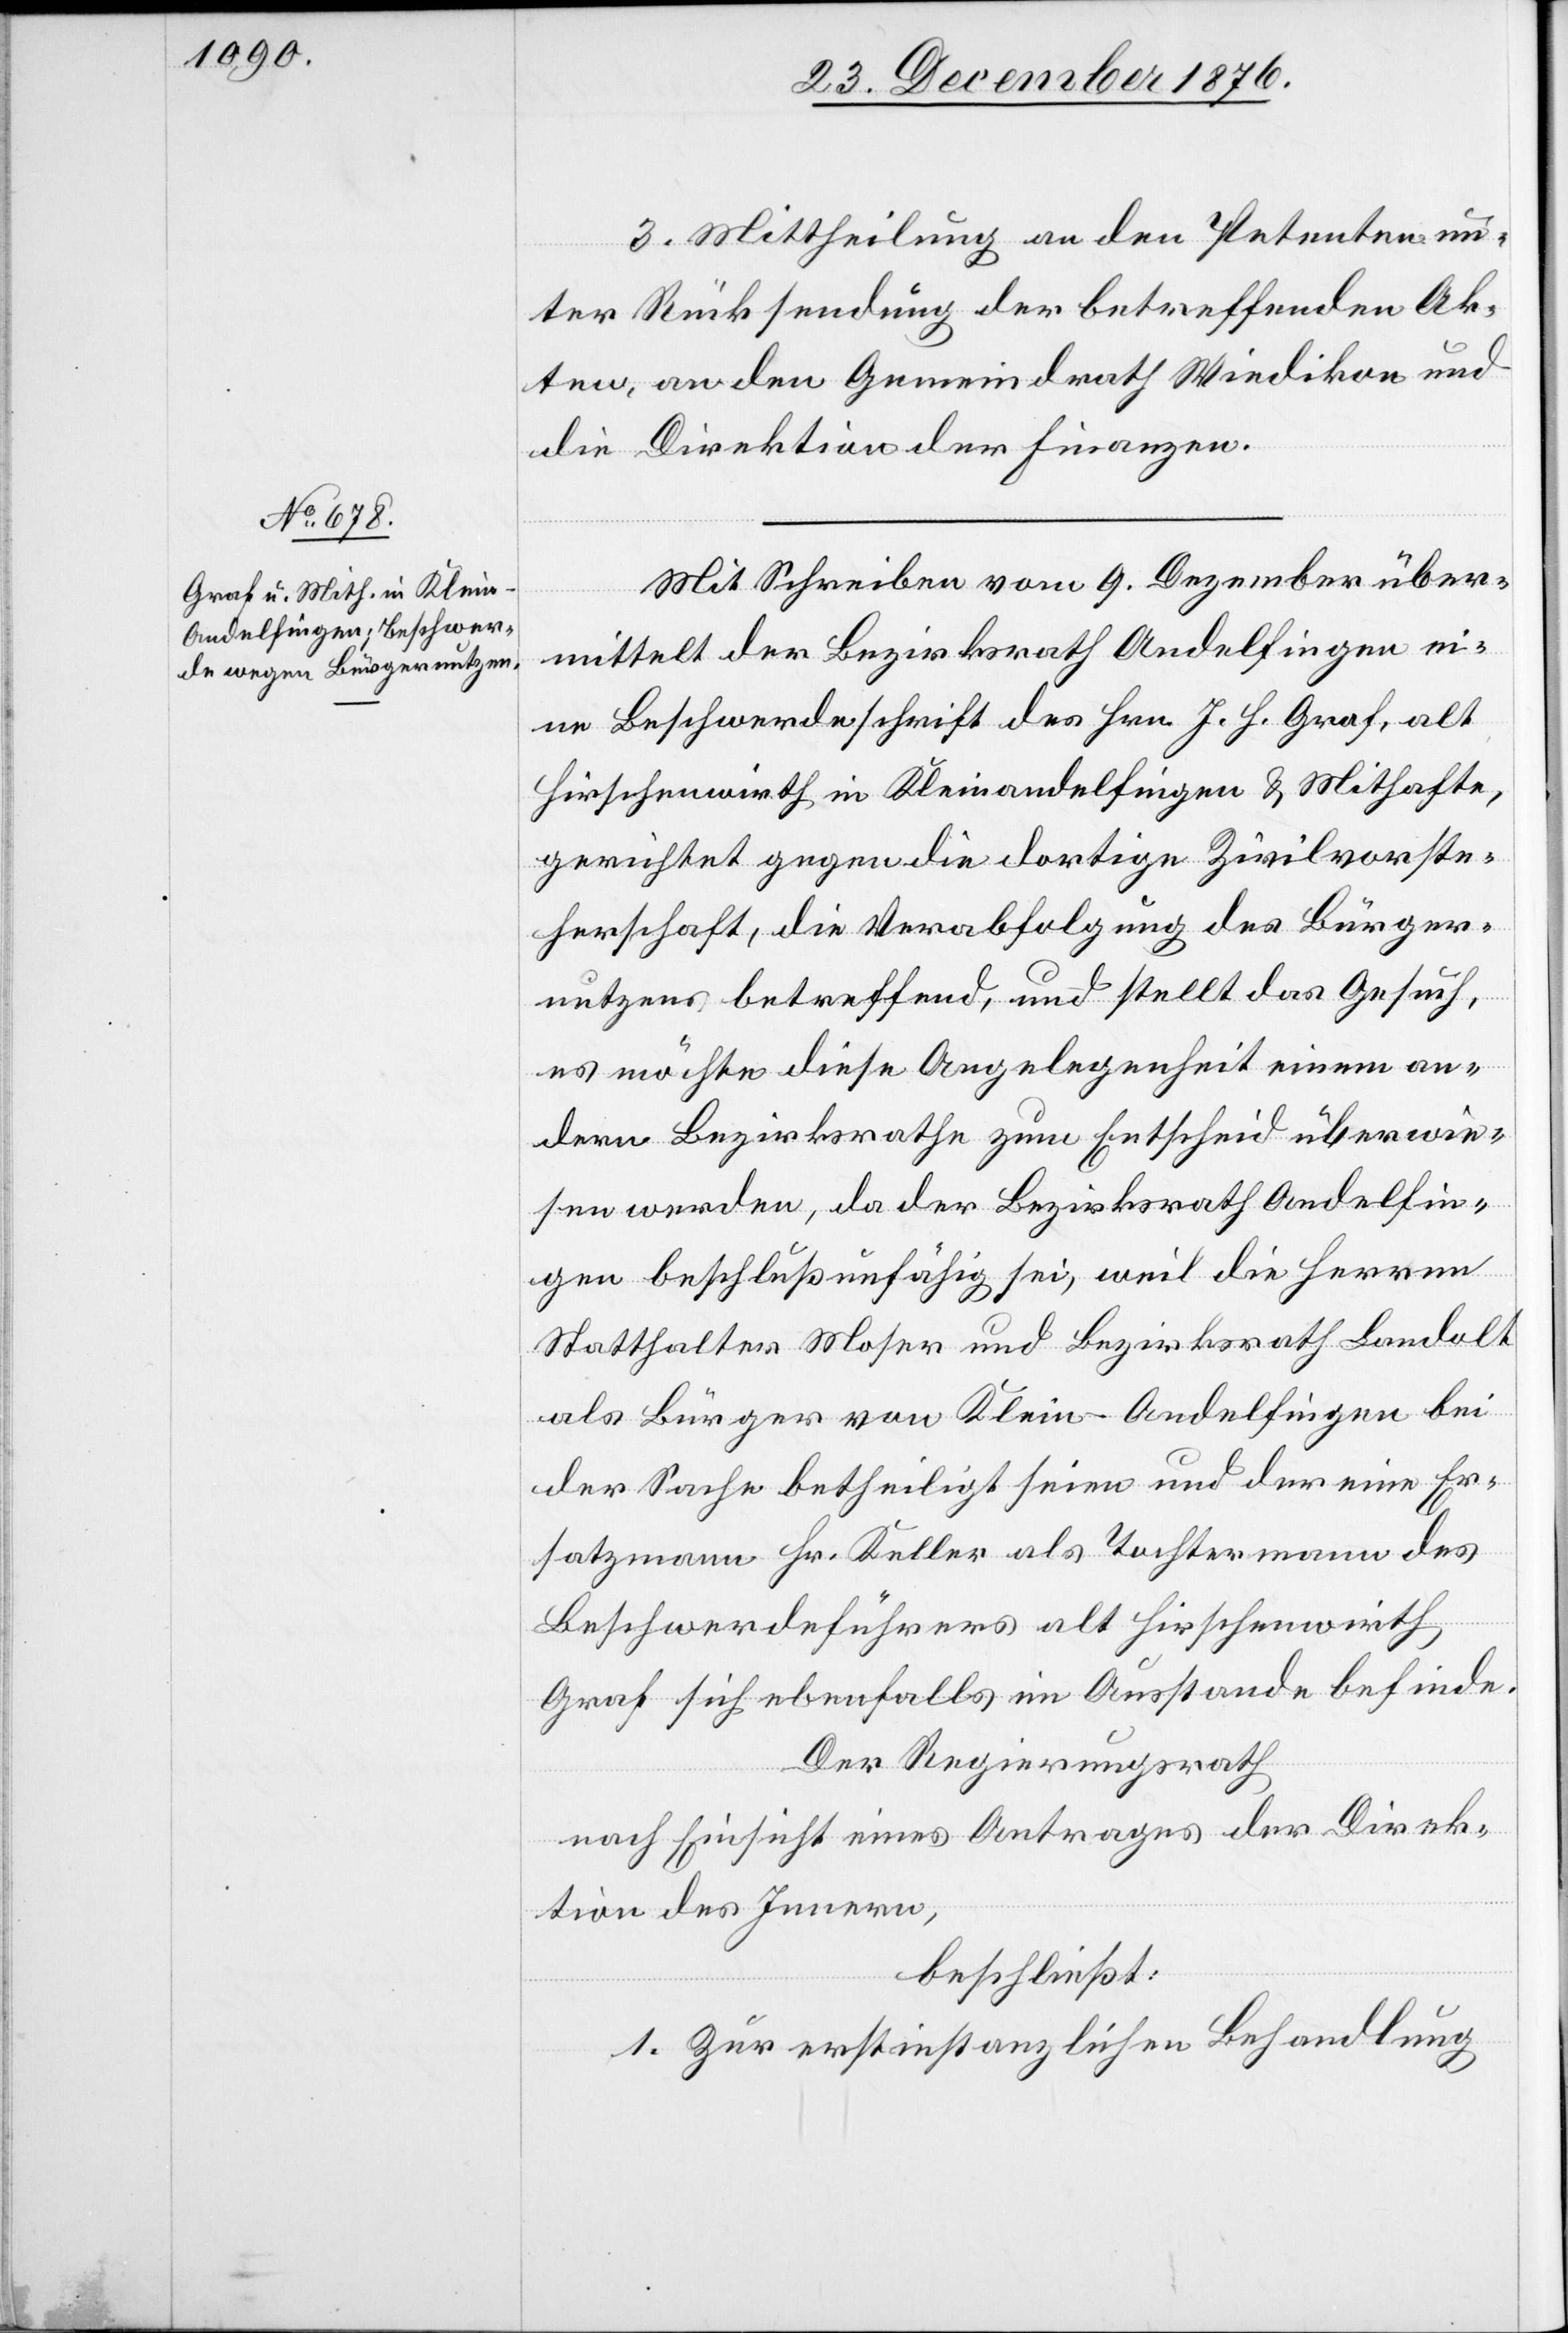
3. Mittheilung an den Petenten un¬
ter Rücksendung der betreffenden Ak¬
ten, an den Gemeindrath Wiedikon und
die Direktion der Finanzen.
Mit Schreiben vom 9. Dezember über¬
mittelt der Bezirksrath Andelfingen ein¬
e Beschwerdeschrift des Hrn. J. H. Graf, alt
Hirschenwirth in Kleinandelfingen & Mithafte,
gerichtet gegen die dortige Zivilvorste¬
herschaft, die Verabfolgung des Bürger¬
nutzens betreffend, und stellt das Gesuch,
es möchte diese Angelegenheit einem an¬
dern Bezirksrathe zum Entscheid überwie¬
sen werden, da der Bezirksrath Andelfin¬
gen beschlußunfähig sei, weil die Herren
Statthalter Moser und Bezirksrath Landolt
als Bürger von Klein-Andelfingen bei
der Sache betheiligt seien und der eine Er¬
satzmann Hr. Keller als Tochtermann des
Beschwerdeführers als Hirschenwirth
Graf sich ebenfalls im Ausstande befinde.
Der Regierungsrath,
nach Einsicht eines Antrages der Direk¬
tion des Innern,
beschließt:
1. Zur erstinstanzlichen Behandlung